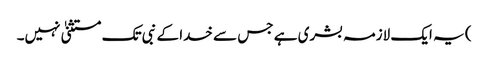
) یہ ایک لازمہ بشری ہے جس سے خدا کے نبی تک مستثنیٰ نہیں۔